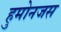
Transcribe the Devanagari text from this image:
हुमोनजस